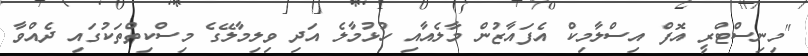
"މިނިސްޓްރީ އޮފް އިސްލާމިކް އެފައާޒުން މާލެއާއި ހުޅުމާލެ އަދި ވިލިމާލޭގެ މިސްކިތްތަކުގައި ދެއްވާ